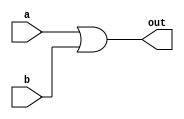
module or_gate (a, b, out); 
	
	input a, b;

	output out;
	
	assign out = a || b;	

endmodule